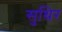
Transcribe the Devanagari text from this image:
सुथिर